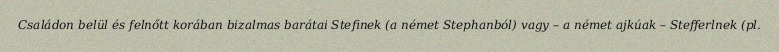
Családon belül és felnőtt korában bizalmas barátai Stefinek (a német Stephanból) vagy – a német ajkúak – Stefferlnek (pl.